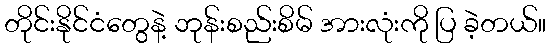
တိုင်းနိုင်ငံတွေနဲ့ ဘုန်းစည်းစိမ် အားလုံးကို ပြ ခဲ့တယ်။